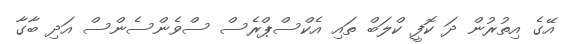
އޭގެ އިތުރުން ދަ ކޮފީ ކްލަބް ތައި އެކްސްޕްރެސް ސްވެންސެންސް އަދި ބާގާ